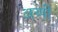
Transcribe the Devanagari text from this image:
अच्पी